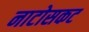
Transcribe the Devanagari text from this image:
नाटोसकट